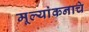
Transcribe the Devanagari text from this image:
मूल्यांकनाचे